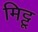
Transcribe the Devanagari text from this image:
मिट्टू